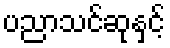
ပညာသင်ဆုနှင့်